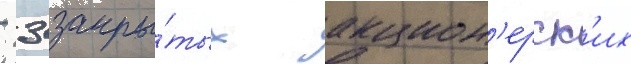
- 3 закры́тых акцион'ерск'их